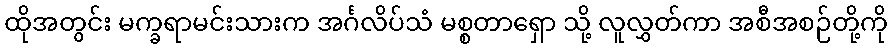
ထိုအတွင်း မက္ခရာမင်းသားက အင်္ဂလိပ်သံ မစ္စတာရှော သို့ လူလွှတ်ကာ အစီအစဉ်တို့ကို